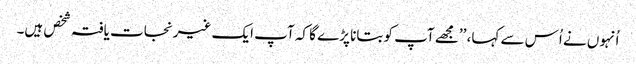
اُنہوں نے اُس سے کہا، ’’مجھے آپ کو بتانا پڑے گا کہ آپ ایک غیرنجات یافتہ شخص ہیں۔